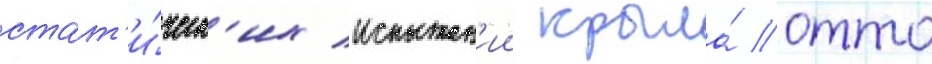
стат'и́ческ'их испытан'ии крыла́ отто